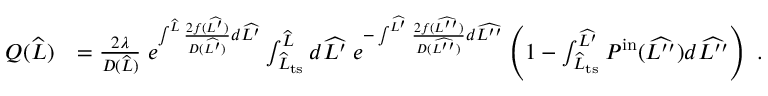
\begin{array} { r l } { Q ( \widehat { L } ) } & { = \frac { 2 \lambda } { D ( \widehat { L } ) } \; e ^ { \int ^ { \widehat { L } } \frac { 2 f ( \widehat { L ^ { \prime } } ) } { D ( \widehat { L ^ { \prime } } ) } d \widehat { L ^ { \prime } } } \int _ { \widehat { L } _ { \mathrm { t s } } } ^ { \widehat { L } } d \widehat { L ^ { \prime } } \; e ^ { - \int ^ { \widehat { L ^ { \prime } } } \frac { 2 f ( \widehat { L ^ { \prime \prime } } ) } { D ( \widehat { L ^ { \prime \prime } } ) } d \widehat { L ^ { \prime \prime } } } \left( 1 - \int _ { \widehat { L } _ { \mathrm { t s } } } ^ { \widehat { L ^ { \prime } } } P ^ { \mathrm { i n } } ( \widehat { L ^ { \prime \prime } } ) d \widehat { L ^ { \prime \prime } } \right) \ . } \end{array}